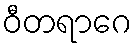
ဝီတရာဂေ